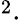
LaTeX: ^{2}\cdot